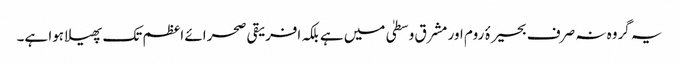
یہ گروہ نہ صرف بحیرۂ روم اور مشرق وسطیٰ میں ہے بلکہ افریقی صحرائے اعظم تک پھیلا ہوا ہے۔